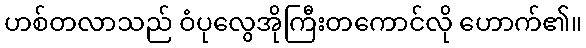
ဟစ်တလာသည် ဝံပုလွေအိုကြီးတကောင်လို ဟောက်၏။